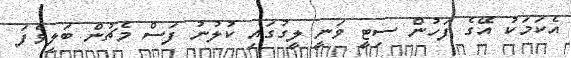
އެކަމަކު އޭގެ ފަހުން ސިޓީ ވަނީ ލީގުގައި ކުލުނު ފަސް މެޗުން ބަލިވެފަ